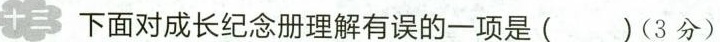
十三下面对成长纪念册理解有误的一项是( )(3分)